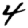
Digit: 4